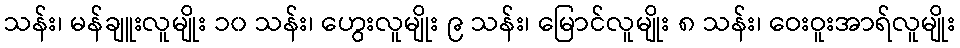
သန်း၊ မန်ချူးလူမျိုး ၁၀ သန်း၊ ဟွေးလူမျိုး ၉ သန်း၊ မြောင်လူမျိုး ၈ သန်း၊ ဝေးဝူးအာရ်လူမျိုး